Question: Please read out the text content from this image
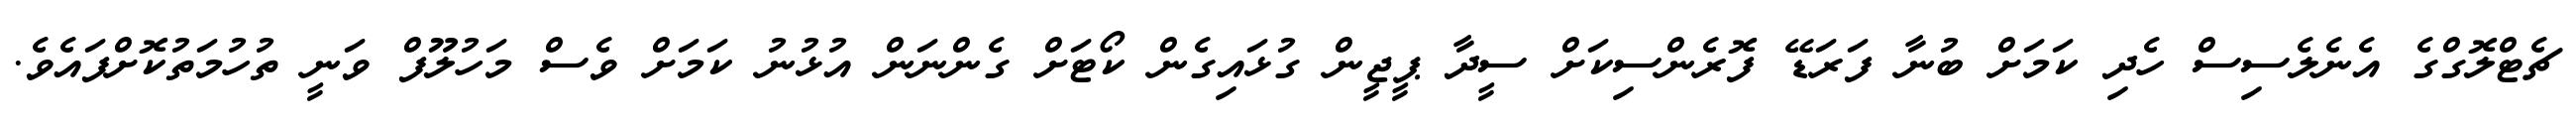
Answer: ޗެޓްލޮގްގެ އެނެލެސިސް ހެދި ކަމަށް ބުނާ ފަރަޑޭ ފޮރެންސިކަށް ސީދާ ޕީޖީން ގުޅައިގެން ކޯޓަށް ގެންނަން އުޅުނު ކަމަށް ވެސް މަހުލޫފް ވަނީ ތުހުމަތުކޮށްފައެވެ.